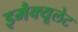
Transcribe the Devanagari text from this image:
इमैक्यूलेट